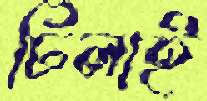
ঢিলাই